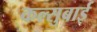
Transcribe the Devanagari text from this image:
कल्सुबाई